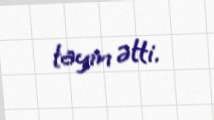
tayin ətti.